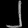
Digit: ၂